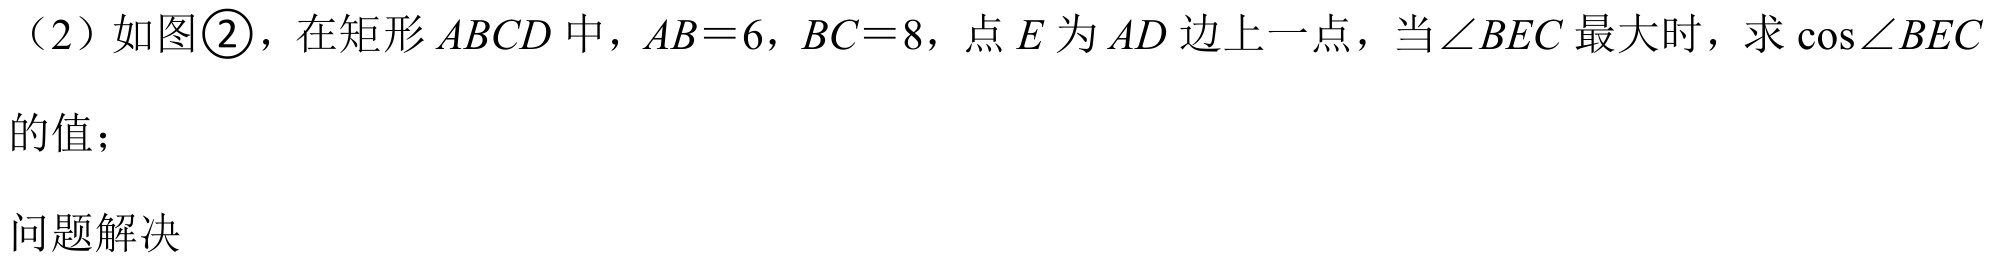
（2）如图\textcircled{2}，在矩形\(ABCD\)中，\(AB = 6\)，\(BC = 8\)，点\(E\)为\(AD\)边上一点，当\(\angle BEC\)最大时，求\(\cos\angle BEC\)的值；

问题解决